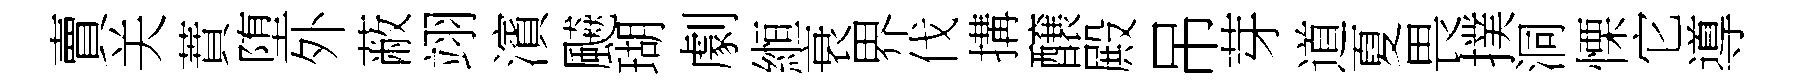
賣关蕡堕外蔽翊濱飇瑚劇縆衰界伐搆醸殿吊芽道夏畏撲洞慄它導